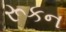
રૂકન